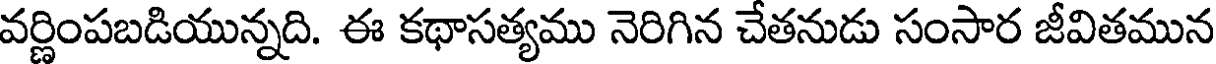
వర్ణింపబడియున్నది. ఈ కథాసత్యము నెరిగిన చేతనుడు సంసార జీవితమున